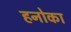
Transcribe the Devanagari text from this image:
हनोका